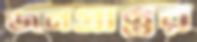
জনপ্রান্তর